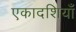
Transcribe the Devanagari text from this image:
एकादशियाँ